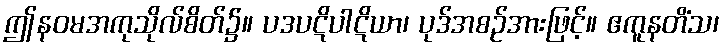
ဤနဝမအကုသိုလ်စိတ်၌။ ပဒပဋိပါဋိယာ၊ ပုဒ်အစဉ်အားဖြင့်။ ဧကူနတိံသ၊